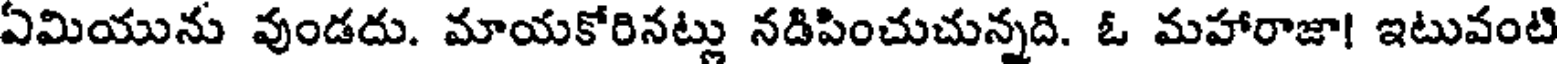
ఏమియును వుండదు. మాయకోరినట్లు నడిపించుచున్నది. ఓ మహారాజా! ఇటువంటి